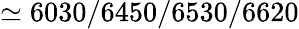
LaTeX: \simeq 6030/6450/6530/6620